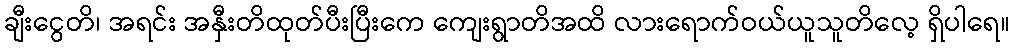
ချီးငွေတိ၊ အရင်း အနှီးတိထုတ်ပီးပြီးကေ ကျေးရွာတိအထိ လားရောက်ဝယ်ယူသူတိလေ့ ရှိပါရေ။